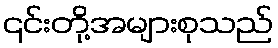
၎င်းတို့အများစုသည်